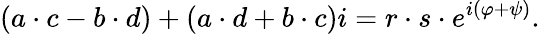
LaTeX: (a\cdot c-b\cdot d)+(a\cdot d+b\cdot c)i=r\cdot s\cdot e^{i(\varphi+\psi)}.